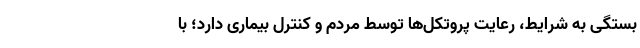
بستگی به شرایط، رعایت پروتکل‌ها توسط مردم و کنترل بیماری دارد؛ با